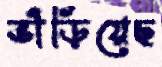
ভাঁড়িয়েছ